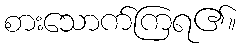
စားသောက်ကြရ၏။